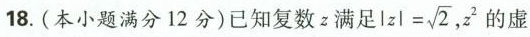
18. (本小题满分 12 分)已知复数 z 满足 $$| z | = \sqrt { 2 }$$， z ^ { 2 }的虚